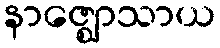
နာဇ္ဈောသာယ